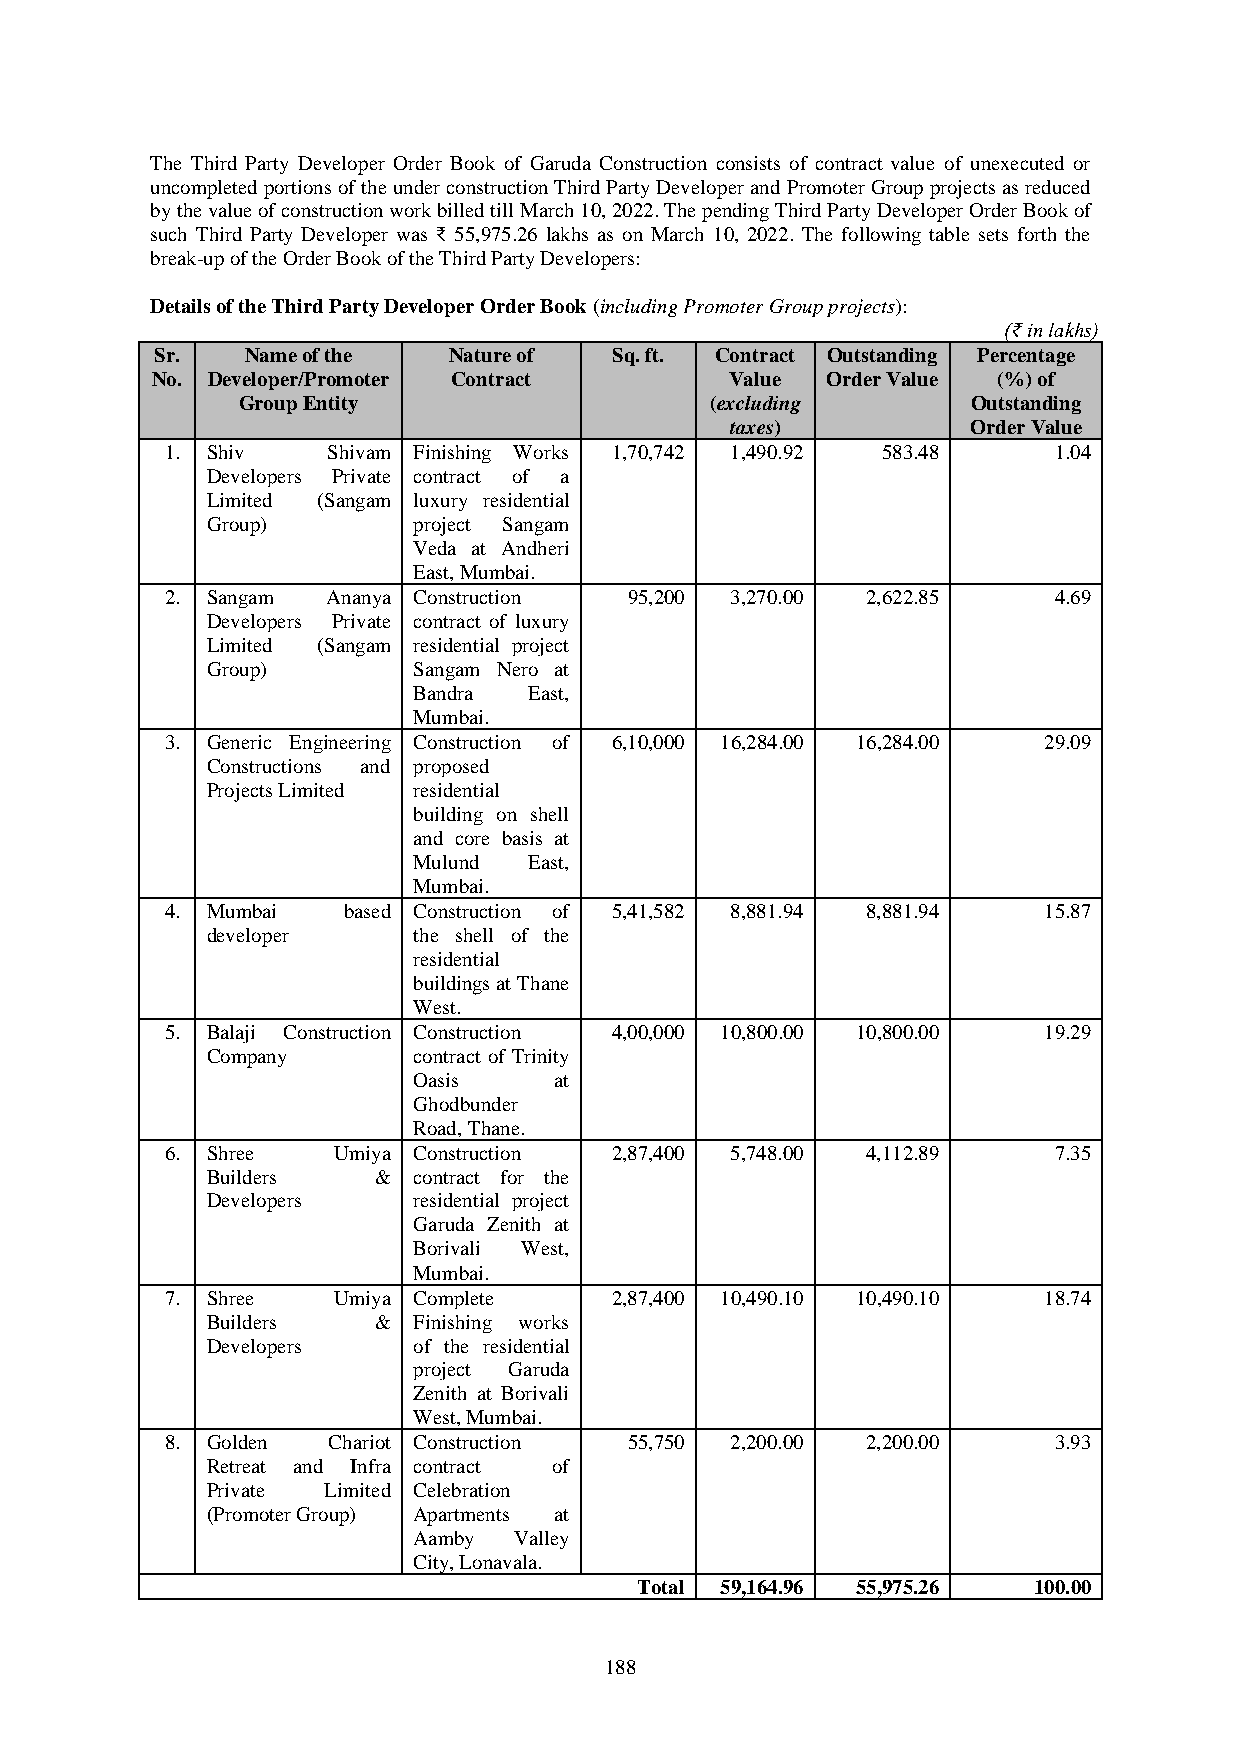
The Third Party Developer Order Book of Garuda Construction consists of contract value of unexecuted or
 uncompleted portions of the under construction Third Party Developer and Promoter Group projects as reduced
 by the value of construction work billed till March 10, 2022. The pending Third Party Developer Order Book of
 such Third Party Developer was ₹ 55,975.26 lakhs as on March 10, 2022. The following table sets forth the
 break-up of the Order Book of the Third Party Developers:
 Details of the Third Party Developer Order Book (including Promoter Group projects):
 (₹ in lakhs)
 Sr.   Name of the   Nature of  Sq. ft. Contract Outstanding Percentage
 No. Developer/Promoter Contract       Value  Order Value (%) of
 Group Entity                   (excluding       Outstanding
 taxes)          Order Value
 1. Shiv    Shivam Finishing Works 1,70,742 1,490.92 583.48 1.04
 Developers Private contract of a
 Limited (Sangam luxury residential
 Group)       project Sangam
 Veda at Andheri
 East, Mumbai.
 2. Sangam  Ananya Construction 95,200 3,270.00 2,622.85    4.69
 Developers Private contract of luxury
 Limited (Sangam residential project
 Group)       Sangam Nero at
 Bandra  East,
 Mumbai.
 3. Generic Engineering Construction of 6,10,000 16,284.00 16,284.00 29.09
 Constructions and proposed
 Projects Limited residential
 building on shell
 and core basis at
 Mulund  East,
 Mumbai.
 4. Mumbai   based Construction of 5,41,582 8,881.94 8,881.94 15.87
 developer    the shell of the
 residential
 buildings at Thane
 West.
 5. Balaji Construction Construction 4,00,000 10,800.00 10,800.00 19.29
 Company      contract of Trinity
 Oasis     at
 Ghodbunder
 Road, Thane.
 6. Shree   Umiya Construction 2,87,400 5,748.00 4,112.89   7.35
 Builders   & contract for the
 Developers   residential project
 Garuda Zenith at
 Borivali West,
 Mumbai.
 7. Shree   Umiya Complete    2,87,400 10,490.10 10,490.10 18.74
 Builders   & Finishing works
 Developers   of the residential
 project Garuda
 Zenith at Borivali
 West, Mumbai.
 8. Golden  Chariot Construction 55,750 2,200.00 2,200.00   3.93
 Retreat and Infra contract of
 Private Limited Celebration
 (Promoter Group) Apartments at
 Aamby  Valley
 City, Lonavala.
 Total 59,164.96 55,975.26 100.00
 188